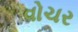
વોચર